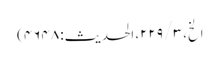
الخ، ۳ / ۲۲۹، الحدیث: ۴۶۴۸)